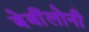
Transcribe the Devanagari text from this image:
बेबींलोनी